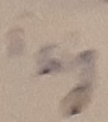
Text: isig